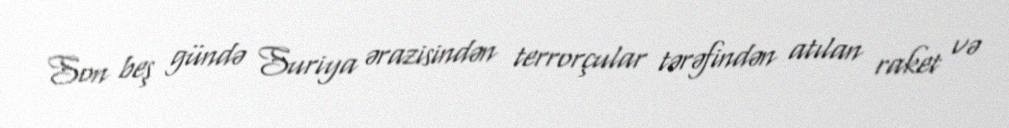
Son beş gündə Suriya ərazisindən terrorçular tərəfindən atılan raket və